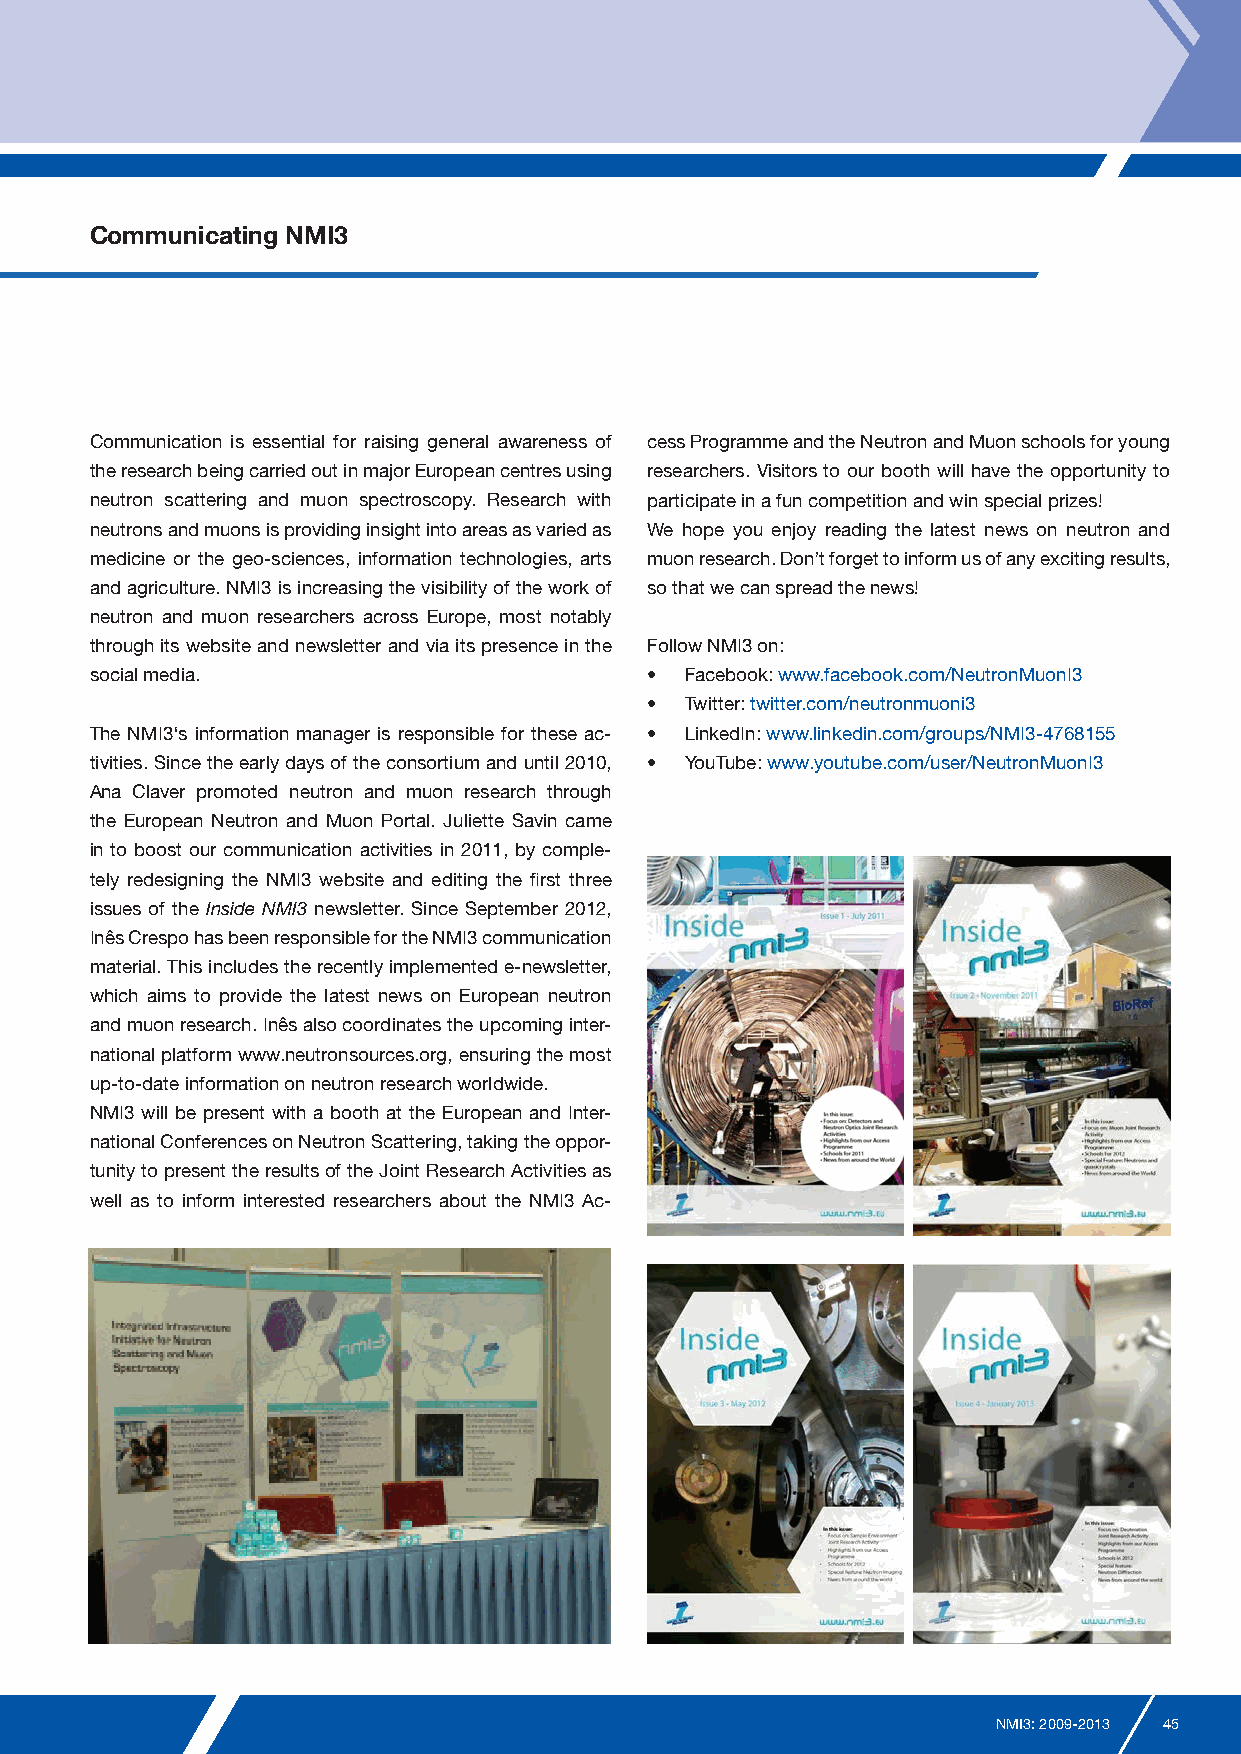
Communicating NMI3
 Communication is essential for raising general awareness of cess Programme and the Neutron and Muon schools for young
 the research being carried out in major European centres using researchers. Visitors to our booth will have the opportunity to
 neutron scattering and muon spectroscopy. Research with participate in a fun competition and win special prizes!
 neutrons and muons is providing insight into areas as varied as We hope you enjoy reading the latest news on neutron and
 medicine or the geo-sciences, information technologies, arts muon research. Don’t forget to inform us of any exciting results,
 and agriculture. NMI3 is increasing the visibility of the work of so that we can spread the news!
 neutron and muon researchers across Europe, most notably
 through its website and newsletter and via its presence in the Follow NMI3 on:
 social media.                        • Facebook: www.facebook.com/NeutronMuonI3
 • Twitter: twitter.com/neutronmuoni3
 The NMI3‘s information manager is responsible for these ac- • LinkedIn: www.linkedin.com/groups/NMI3-4768155
 tivities. Since the early days of the consortium and until 2010, • YouTube: www.youtube.com/user/NeutronMuonI3
 Ana Claver promoted neutron and muon research through
 the European Neutron and Muon Portal. Juliette Savin came
 in to boost our communication activities in 2011, by comple-
 tely redesigning the NMI3 website and editing the first three
 issues of the Inside NMI3 newsletter. Since September 2012,
 Inês Crespo has been responsible for the NMI3 communication
 material. This includes the recently implemented e-newsletter,
 which aims to provide the latest news on European neutron
 and muon research. Inês also coordinates the upcoming inter-
 national platform www.neutronsources.org, ensuring the most
 up-to-date information on neutron research worldwide.
 NMI3 will be present with a booth at the European and Inter-
 national Conferences on Neutron Scattering, taking the oppor-
 tunity to present the results of the Joint Research Activities as
 well as to inform interested researchers about the NMI3 Ac-
 NMI3: 2009-2013 45